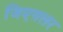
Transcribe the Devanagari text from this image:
जिएगलर